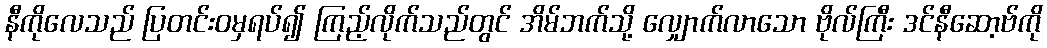
နီကိုလေသည် ပြတင်းဝမှရပ်၍ ကြည့်လိုက်သည်တွင် အိမ်ဘက်သို့ လျှောက်လာသော ဗိုလ်ကြီး ဒင်နီဆော့ဗ်ကို